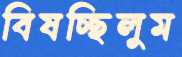
বিষচ্ছিলুম